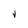
Character: V